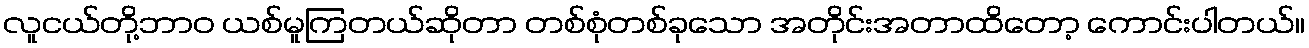
လူငယ်တို့ဘာဝ ယစ်မူကြတယ်ဆိုတာ တစ်စုံတစ်ခုသော အတိုင်းအတာထိတော့ ကောင်းပါတယ်။